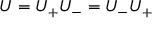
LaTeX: U = U _ { + } U _ { - } = U _ { - } U _ { + }